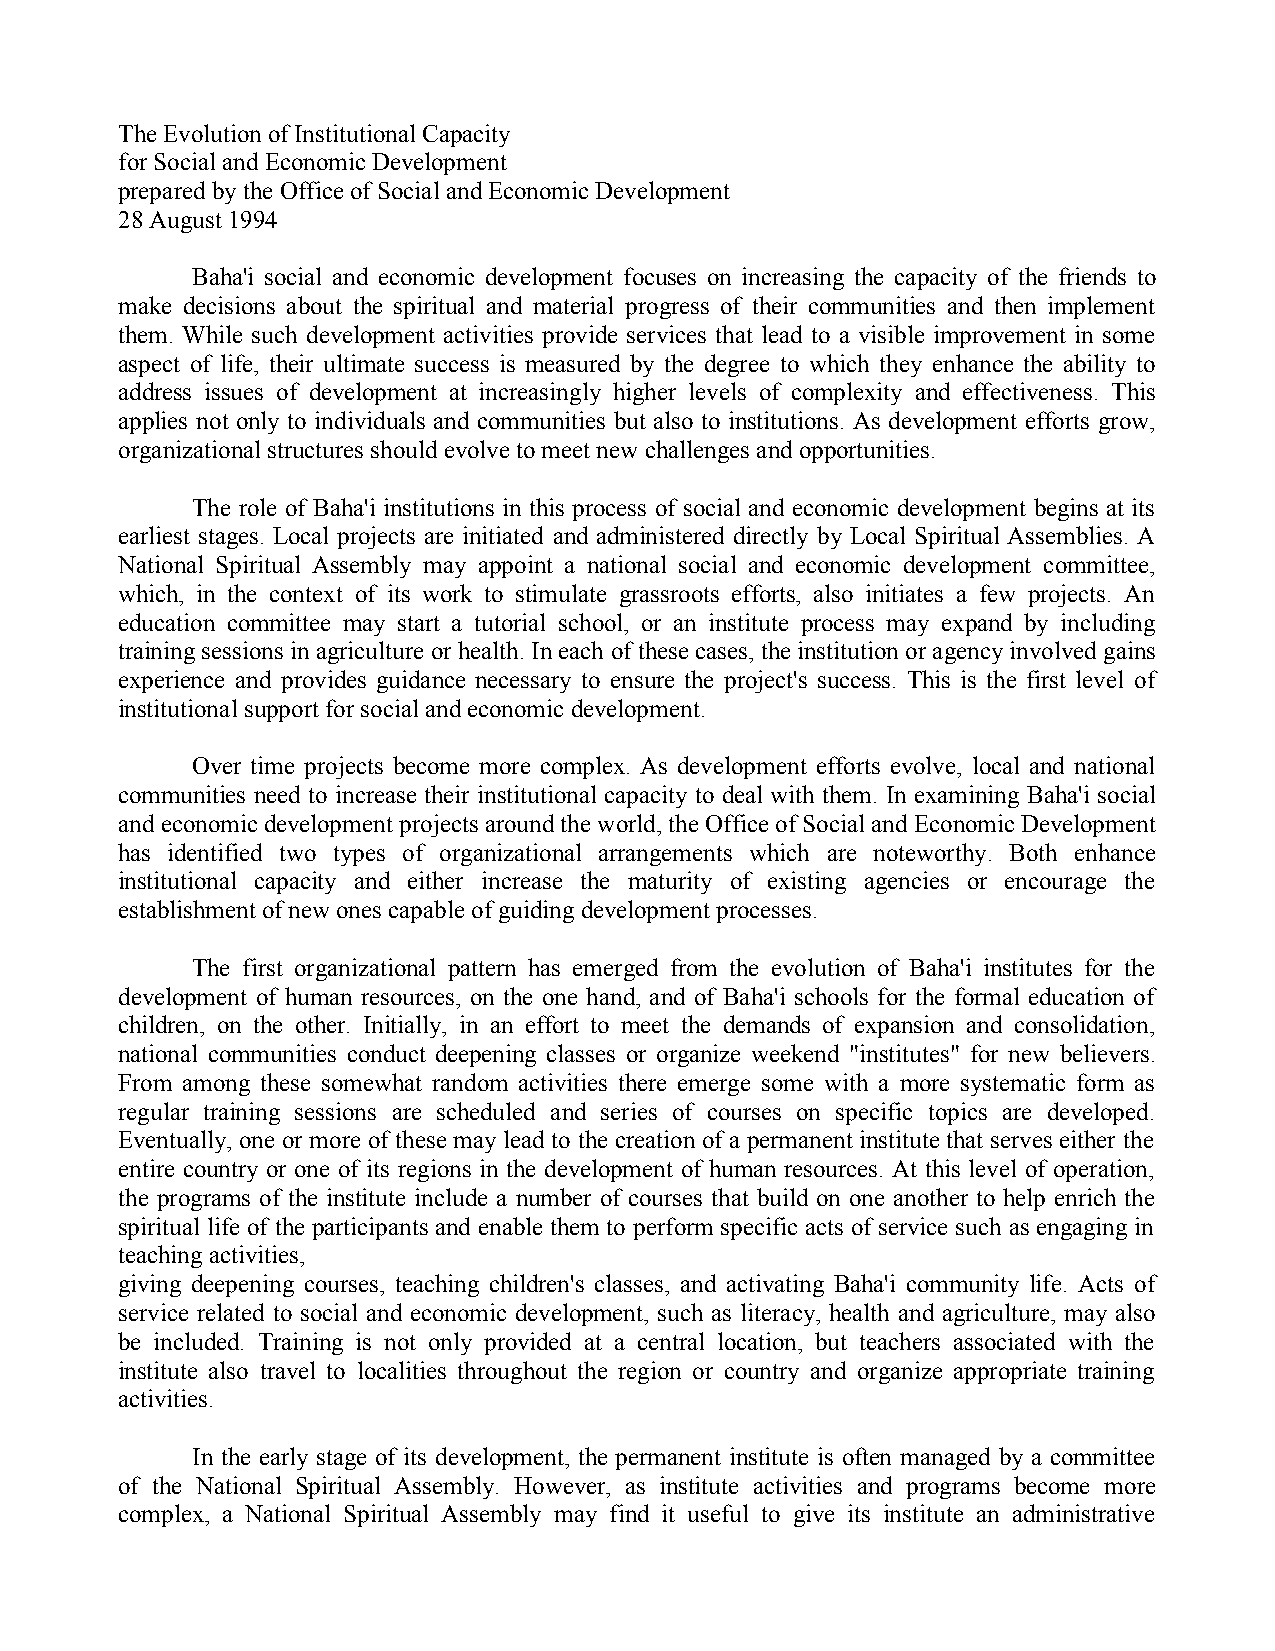
The Evolution of Institutional Capacity
 for Social and Economic Development
 prepared by the Office of Social and Economic Development
 28 August 1994
 Baha'i social and economic development focuses on increasing the capacity of the friends to
 make decisions about the spiritual and material progress of their communities and then implement
 them. While such development activities provide services that lead to a visible improvement in some
 aspect of life, their ultimate success is measured by the degree to which they enhance the ability to
 address issues of development at increasingly higher levels of complexity and effectiveness. This
 applies not only to individuals and communities but also to institutions. As development efforts grow,
 organizational structures should evolve to meet new challenges and opportunities.
 The role of Baha'i institutions in this process of social and economic development begins at its
 earliest stages. Local projects are initiated and administered directly by Local Spiritual Assemblies. A
 National Spiritual Assembly may appoint a national social and economic development committee,
 which, in the context of its work to stimulate grassroots efforts, also initiates a few projects. An
 education committee may start a tutorial school, or an institute process may expand by including
 training sessions in agriculture or health. In each of these cases, the institution or agency involved gains
 experience and provides guidance necessary to ensure the project's success. This is the first level of
 institutional support for social and economic development.
 Over time projects become more complex. As development efforts evolve, local and national
 communities need to increase their institutional capacity to deal with them. In examining Baha'i social
 and economic development projects around the world, the Office of Social and Economic Development
 has identified two types of organizational arrangements which are noteworthy. Both enhance
 institutional capacity and either increase the maturity of existing agencies or encourage the
 establishment of new ones capable of guiding development processes.
 The first organizational pattern has emerged from the evolution of Baha'i institutes for the
 development of human resources, on the one hand, and of Baha'i schools for the formal education of
 children, on the other. Initially, in an effort to meet the demands of expansion and consolidation,
 national communities conduct deepening classes or organize weekend "institutes" for new believers.
 From among these somewhat random activities there emerge some with a more systematic form as
 regular training sessions are scheduled and series of courses on specific topics are developed.
 Eventually, one or more of these may lead to the creation of a permanent institute that serves either the
 entire country or one of its regions in the development of human resources. At this level of operation,
 the programs of the institute include a number of courses that build on one another to help enrich the
 spiritual life of the participants and enable them to perform specific acts of service such as engaging in
 teaching activities,
 giving deepening courses, teaching children's classes, and activating Baha'i community life. Acts of
 service related to social and economic development, such as literacy, health and agriculture, may also
 be included. Training is not only provided at a central location, but teachers associated with the
 institute also travel to localities throughout the region or country and organize appropriate training
 activities.
 In the early stage of its development, the permanent institute is often managed by a committee
 of the National Spiritual Assembly. However, as institute activities and programs become more
 complex, a National Spiritual Assembly may find it useful to give its institute an administrative